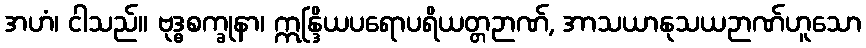
အဟံ၊ ငါသည်။ ဗုဒ္ဓစက္ခုနာ၊ ဣန္ဒြိယပရောပရိယတ္တဉာဏ်, အာသယာနုသယဉာဏ်ဟူသော